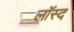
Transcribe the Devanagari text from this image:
लॉस्द